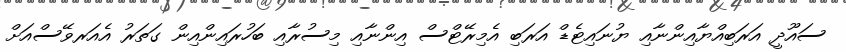
ސައޫދީ އަރަބިއްޔާއިންނާއި ޔުނައިޓެޑް އަރަބި އެމިރޭޓްސް އިންނާއި މިސުރާއި ބަހުރައިންއިން ގަތަރު އެއަރވޭސްއަށް